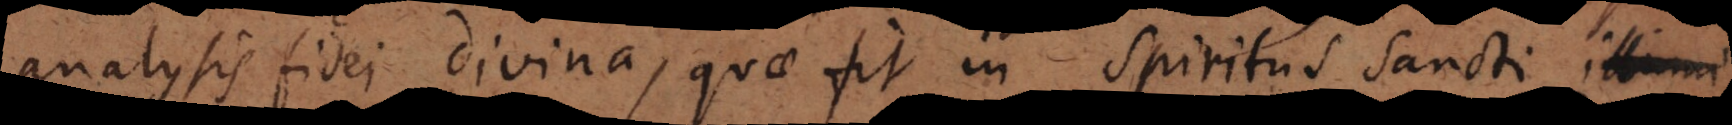
analysis fidei divina, quae fit in Spiritus Sancti illumi